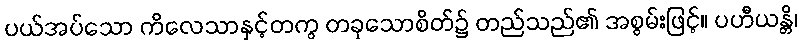
ပယ်အပ်သော ကိလေသာနှင့်တကွ တခုသောစိတ်၌ တည်သည်၏ အစွမ်းဖြင့်။ ပဟီယန္တိ၊